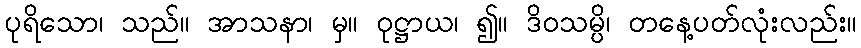
ပုရိသော၊ သည်။ အာသနာ၊ မှ။ ဝုဋ္ဌာယ၊ ၍။ ဒိဝသမ္ပိ၊ တနေ့ပတ်လုံးလည်း။